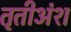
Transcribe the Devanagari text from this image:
तृतीअंश